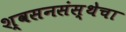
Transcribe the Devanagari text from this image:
श्वसनसंस्थेचा